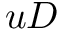
u D